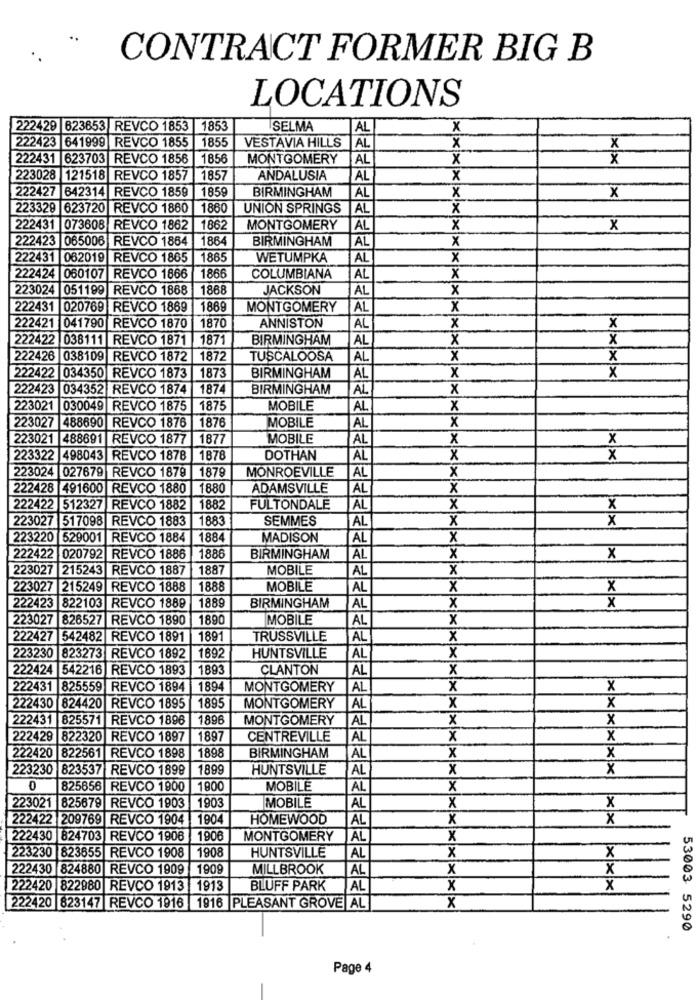
CONTRACT FORMER BIG B
LOCATIONS
222429 623653 REVCO 1853 |1853
SELMA
AL
x
222423 641999 REVCO 1855
1855
VESTAVIA HILLS
1 AL
x
x
222431 623703 REVCO 1856
1856
MONTGOMERY
AL
X
X
223028 121518 REVCO 1857
1857
ANDALUSIA
AL
x
1859
BIRMINGHAM
AL
222427 |642314 REVCO 1859
X
x
223329 623720 REVCO 1880
1860
UNION SPRINGS
AL
x
222431 073608 REVCO 1862
1862
MONTGOMERY
AL
x
x
222423 065006 REVCO 1864
1864
BIRMINGHAM
AL
x
222431 062019
REVCO 1865
1865
WETUMPKA
AL
x
222424 060107
REVCO 1866
1866
COLUMBIANA
AL
X
223024 051199 REVCO 1868
1868
JACKSON
AL
x
222431 020769 REVCO 1869
869
MONTGOMERY
AL
x
222421 041790 REVCO 1870
1870
ANNISTON
AL
x
x
222422 038111 REVCO 1871
1871
BIRMINGHAM
AL
X
X
222426 038109 REVCO 1872 1872
TUSCALOOSA
AL
x
X
BIRMINGHAM
222422 034350 REVCO 1873
1873
AL
x
x
222423 034352 REVCO 1874
1874
BIRMINGHAM
AL
x
223021 030049 REVCO 1875 1875
MOBILE
AL
x
223027 488690 REVCO 1876 1876
MOBILE
AL
X
223021
488691 REVCO 1877
1877
MOBILE
AL
X
x
223322 498043 REVCO 1878 1878
DOTHAN
AL
x
X
223024 027679 REVCO 1879
1879
MONROEVILLE
X
AL
222428 491600 REVCO 1880
1880
ADAMSVILLE
AL
x
222422 512327 REVCO 1882
1882
FULTONDALE
AL
X
X
223027 517098 REVCO 1883
1883
SEMMES
AL
X
X
223220 529001 REVCO 1884
1884
MADISON
AL
x
222422 020792 REVCO 1886
1886
BIRMINGHAM
AL
X
x
223027 215243 |REVCO 1887
1887
MOBILE
AL
X
223027 215249 REVCO 1888
1888
MOBILE
AL
x
x
X
222423 822103 REVCO 1889
1889
BIRMINGHAM
AL
x
223027 826527 REVCO 1890
1890
MOBILE
AL
X
222427 542482 REVCO 1891
1891
TRUSSVILLE
AL
X
x
223230 823273 REVCO 1892
1892
HUNTSVILLE
AL
222424 542216 REVCO 1893 1893
CLANTON
AL
x
222431 825559 REVCO 1894
1894
MONTGOMERY
AL
x
x
x
222430 824420 REVCO 1895
1895
MONTGOMERY
AL
x
222431 825571 REVCO 1896
1896
MONTGOMERY
AL
x
X
222429 822320 REVCO 1897 1897
CENTREVILLE
AL
X
X
1898
X
222420 822561 REVCO 1898
BIRMINGHAM
AL
X
223230 823537 REVCO 1898 1899
HUNTSVILLE
AL
x
x
0
825856 REVCO 1900
1800
MOBILE
AL
X
223021 825679 REVCO 1903
1903
MOBILE
AL
X
X
222422 209769 REVCO 1904
1904
HOMEWOOD
AL
X
X
222430 824703 REVCO 1906
1906
MONTGOMERY
AL
x
1908
HUNTSVILLE
x
x
223230 823655 REVCO 1908
AL
222430 824880 REVCO 1909
1909
MILLBROOK
AL
x
x
222420 822980 REVCO 1913 1913
BLUFF PARK
AL
x
X
222420 823147 REVCO 1916 1916 PLEASANT GROVE AL
x
53003 5290
Page 4